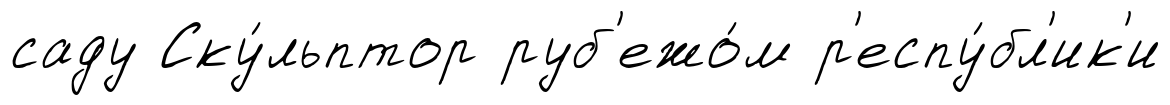
саду Ску́льптор руб'ежо́м р'еспу́бл'ик'и